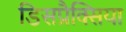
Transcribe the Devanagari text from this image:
डिसप्रैक्सिया